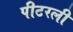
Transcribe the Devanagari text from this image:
पीटरली